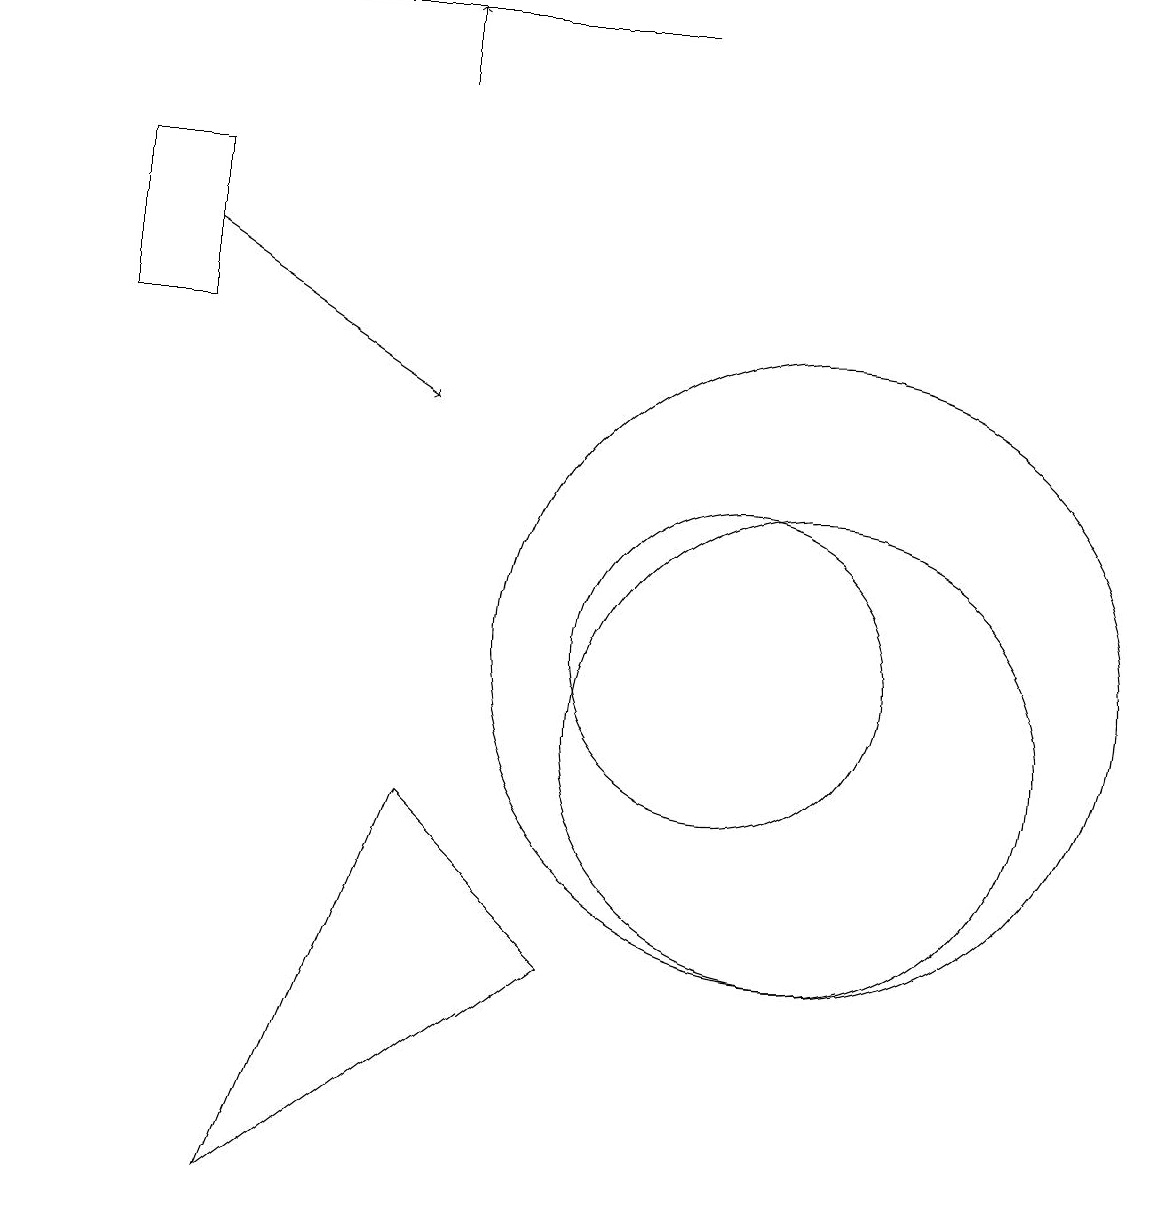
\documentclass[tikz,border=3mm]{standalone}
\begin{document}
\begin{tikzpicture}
\draw (10,11) circle (2);
\draw (11,11) circle (4);
\draw[->] (6,18) -- (6,19);
\draw (9,19) rectangle (1,19);
\draw (11,10) circle (3);
\draw (8,7) -- (6,9) -- (4,4) -- cycle;
\draw[->] (3,16) -- (6,14);
\draw (3,17) rectangle (2,15);
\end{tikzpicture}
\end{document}